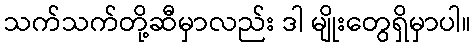
သက်သက်တို့ဆီမှာလည်း ဒါ မျိုးတွေရှိမှာပါ။